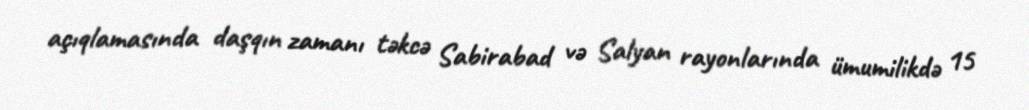
açıqlamasında daşqın zamanı təkcə Sabirabad və Salyan rayonlarında ümumilikdə 15